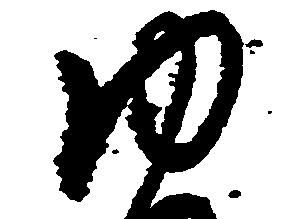
ゆ